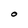
Character: O